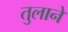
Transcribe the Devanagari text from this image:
तुलाने